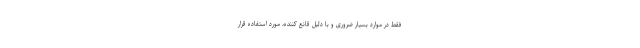
فقط در موارد بسیار ضروری و با دلیل قانع کننده، مورد استفاده قرار